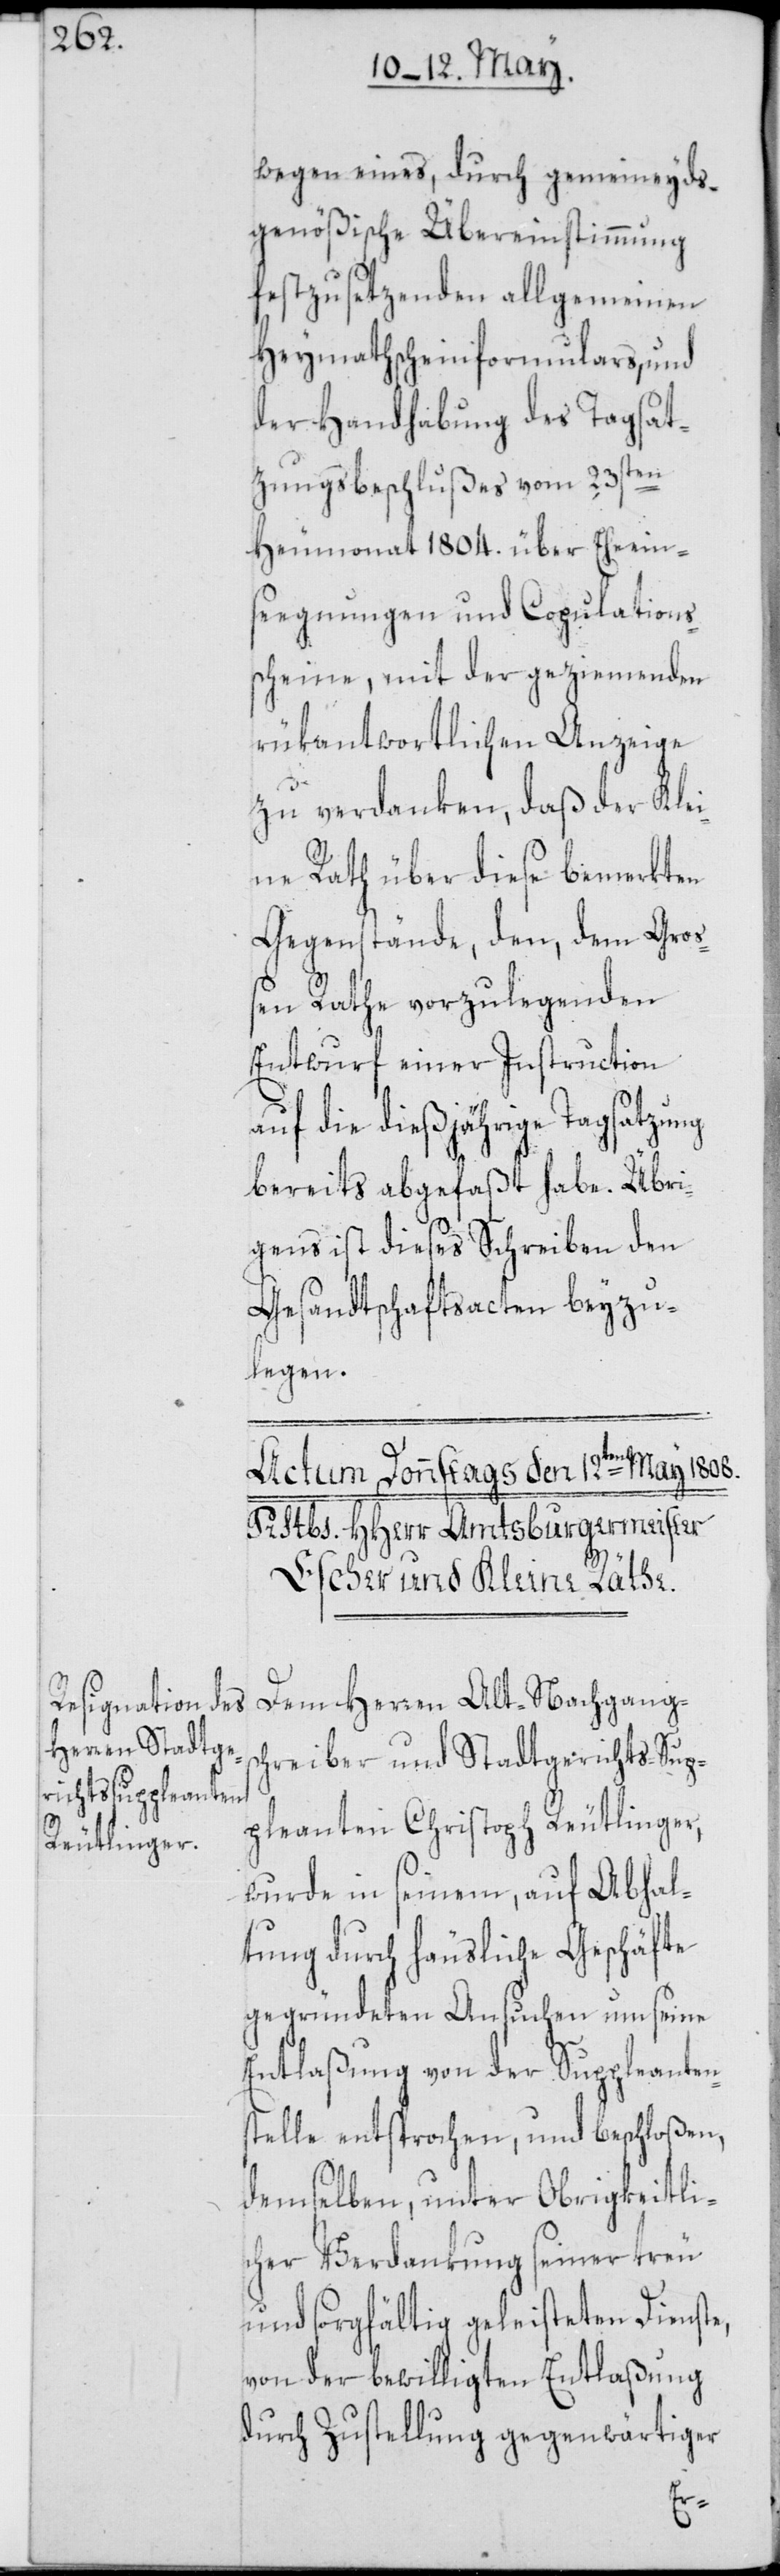
wegen eines, durch gemeineyds¬
genößische Übereinstimmung
festzusetzenden allgemeinen
Heymathscheinformulars, und
der Handhabung des Tagsat¬
zungsbeschlußes vom 23sten
Heumonat 1804. über Eheein¬
seegnungen und Copulations¬
scheine, mit der geziemenden
rükantwortlichen Anzeige
zu verdanken, daß der Klei¬
ne Rath über diese bemerkten
Gegenstände, den, dem Groß¬
en Rathe vorzulegenden
Entwurf einer Instruction
uf die dießjährige Tagsatzung
bereits abgefaßt habe. Übri¬
gens ist dieses Schreiben den
Gesandtschaftsacten beyzu¬
legen.
Dem Herren Alt-Nachgang¬
hreiber und Stadtgerichts-Sup¬
pleanten Christoph Reutlinger,
wurde in seinem, auf Abhal¬
tung durch häusliche Geschäfte
gegründeten Ansuchen um seine
Entlaßung von der Suppleanten¬
stelle entsprochen, und beschloßen,
demselben, unter Obrigkeitli¬
cher Verdankung seiner treu
und sorgfältig geleisteten Dienste,
von der bewilligten Entlaßung
durch Zustellung gegenwärtiger
sc¬